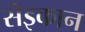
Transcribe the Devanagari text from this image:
सेइकान